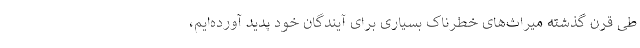
طی قرن گذشته میراث‌های خطرناک بسیاری برای آیندگان خود پدید آورده‌ایم،